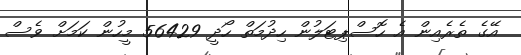
އޭގެ ތެރެއިން އެ ހޮސްޕިޓަލުން ހިދުމަތް ހޯދީ 56429 މީހުން ކަމަށް ވެސް